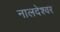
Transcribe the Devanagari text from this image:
नालदेश्वर